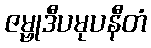
ဇမ္ဗုဒီပမုပနီတံ